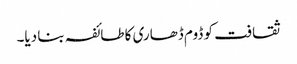
ثقافت کو ڈوم ڈھاری کا طائفہ بنا دیا۔